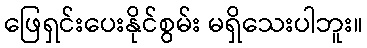
ဖြေရှင်းပေးနိုင်စွမ်း မရှိသေးပါဘူး။